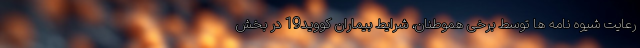
رعایت شیوه نامه ها توسط برخی هموطنان، شرایط بیماران کووید19 در بخش